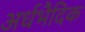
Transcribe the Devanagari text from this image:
अर्धभैदिक